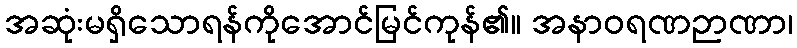
အဆုံးမရှိသောရန်ကိုအောင်မြင်ကုန်၏။ အနာဝရဏဉာဏာ၊